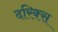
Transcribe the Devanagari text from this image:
दरिक्स